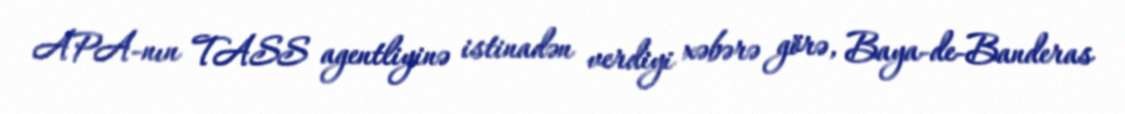
APA-nın TASS agentliyinə istinadən verdiyi xəbərə görə, Baya-de-Banderas